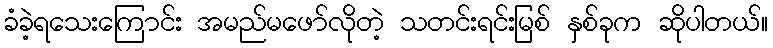
ခံခဲ့ရသေးကြောင်း အမည်မဖော်လိုတဲ့ သတင်းရင်းမြစ် နှစ်ခုက ဆိုပါတယ်။